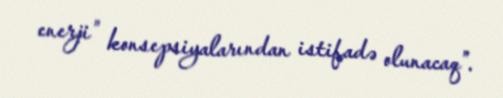
enerji” konsepsiyalarından istifadə olunacaq”.